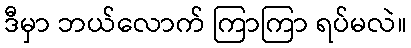
ဒီမှာ ဘယ်လောက် ကြာကြာ ရပ်မလဲ။